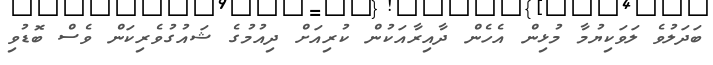
ބަދަލުވެ ލަވަކިޔުމާ މުޅިން އެހެން ދާއިރާއަކުން ކުރިއަށް ދިއުމުގެ ޝައުގުވެރިކަން ވެސް ބޮޑުވި